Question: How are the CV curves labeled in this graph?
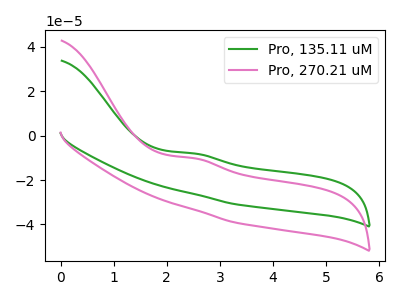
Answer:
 <answer>The green curve is labeled "Pro, 135.11 uM". The pink curve is labeled "Pro, 270.21 uM".</answer>
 <eval></eval>